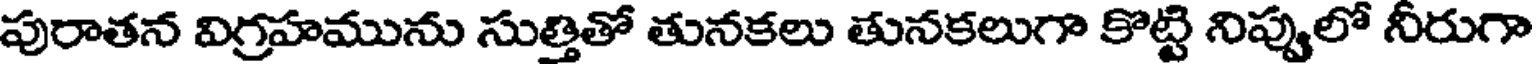
పురాతన విగ్రహమును సుత్తితో తునకలు తునకలుగా కొట్టి నిప్పులో నీరుగా